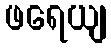
ဖရေယျ